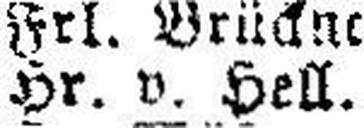
Hr. v. Hell.